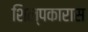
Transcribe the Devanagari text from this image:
शिल्पकारास